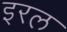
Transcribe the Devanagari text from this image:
इरल